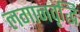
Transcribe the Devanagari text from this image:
लगानवृद्धि